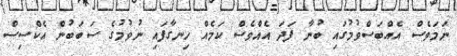
ނަމަވެސް އެއްބަސްވުމުގައި ބުނާ ފަދަ އެއްވެސް ކަމެއް ހިނގާފައި ނުވުމުގެ ސަބަބުން އެކްސިސް